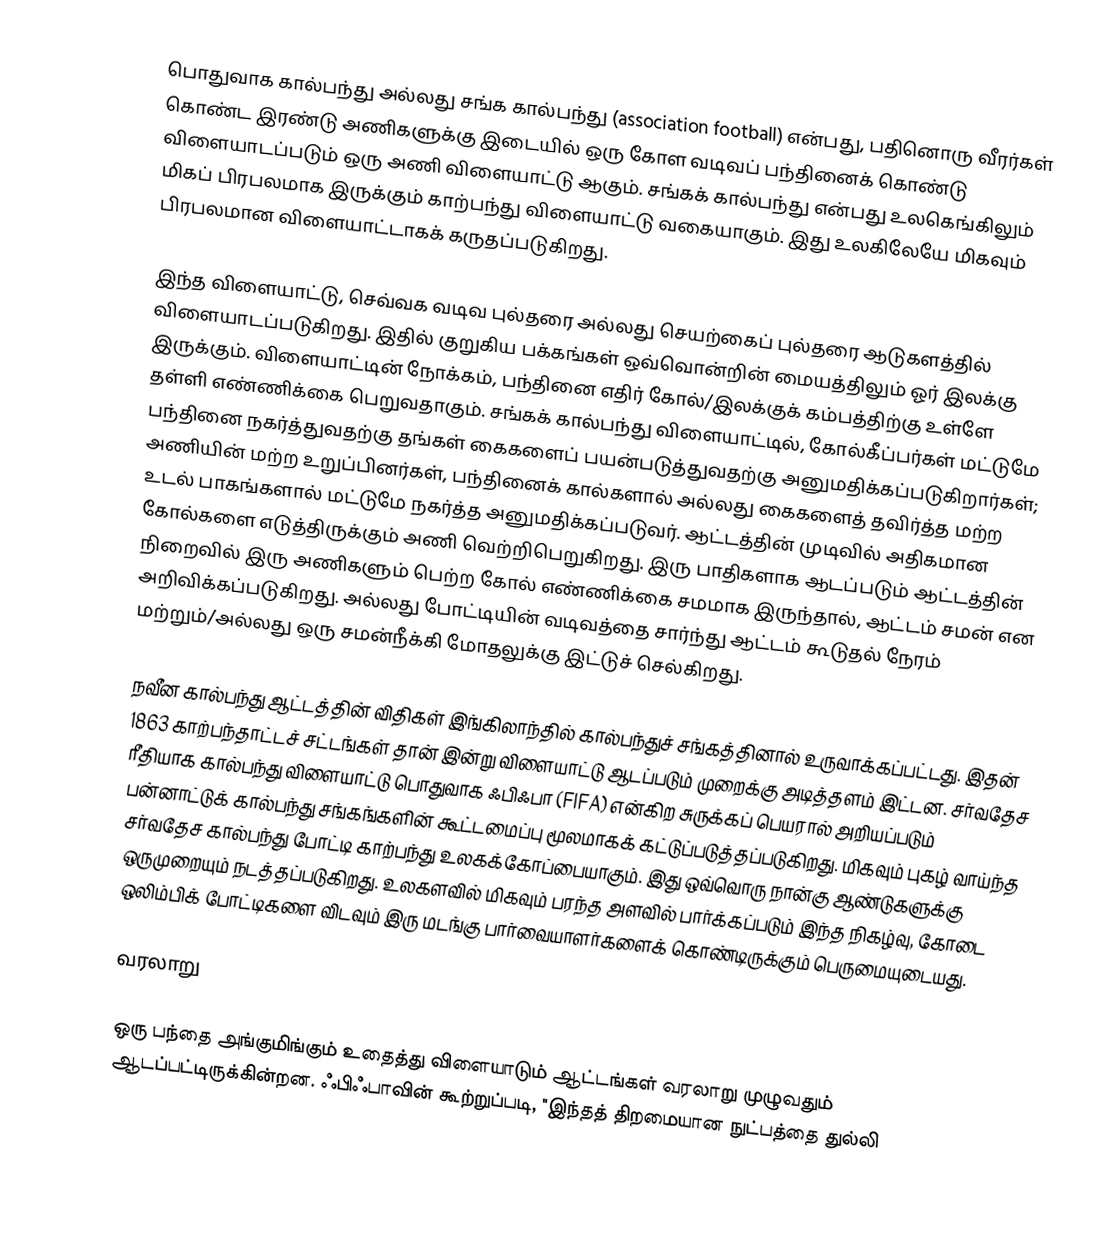
பொதுவாக கால்பந்து  அல்லது சங்க கால்பந்து (association football) என்பது, பதினொரு வீரர்கள் கொண்ட இரண்டு அணிகளுக்கு இடையில் ஒரு கோள வடிவப் பந்தினைக் கொண்டு விளையாடப்படும் ஒரு அணி விளையாட்டு ஆகும். சங்கக் கால்பந்து என்பது உலகெங்கிலும் மிகப் பிரபலமாக இருக்கும் காற்பந்து விளையாட்டு வகையாகும். இது உலகிலேயே மிகவும் பிரபலமான விளையாட்டாகக் கருதப்படுகிறது.

இந்த விளையாட்டு, செவ்வக வடிவ புல்தரை அல்லது செயற்கைப் புல்தரை ஆடுகளத்தில் விளையாடப்படுகிறது. இதில் குறுகிய பக்கங்கள் ஒவ்வொன்றின் மையத்திலும் ஓர் இலக்கு இருக்கும். விளையாட்டின் நோக்கம், பந்தினை எதிர் கோல்/இலக்குக் கம்பத்திற்கு உள்ளே தள்ளி எண்ணிக்கை பெறுவதாகும். சங்கக் கால்பந்து விளையாட்டில், கோல்கீப்பர்கள் மட்டுமே பந்தினை நகர்த்துவதற்கு தங்கள் கைகளைப் பயன்படுத்துவதற்கு அனுமதிக்கப்படுகிறார்கள்; அணியின் மற்ற உறுப்பினர்கள், பந்தினைக் கால்களால் அல்லது கைகளைத் தவிர்த்த மற்ற உடல் பாகங்களால் மட்டுமே நகர்த்த அனுமதிக்கப்படுவர்.  ஆட்டத்தின் முடிவில் அதிகமான கோல்களை எடுத்திருக்கும் அணி வெற்றிபெறுகிறது.  இரு பாதிகளாக ஆடப்படும் ஆட்டத்தின் நிறைவில் இரு அணிகளும் பெற்ற கோல் எண்ணிக்கை சமமாக இருந்தால், ஆட்டம் சமன் என அறிவிக்கப்படுகிறது. அல்லது போட்டியின் வடிவத்தை சார்ந்து ஆட்டம் கூடுதல் நேரம் மற்றும்/அல்லது ஒரு சமன்நீக்கி மோதலுக்கு இட்டுச் செல்கிறது.

நவீன கால்பந்து ஆட்டத்தின் விதிகள் இங்கிலாந்தில் கால்பந்துச் சங்கத்தினால் உருவாக்கப்பட்டது. இதன் 1863 காற்பந்தாட்டச் சட்டங்கள் தான் இன்று விளையாட்டு ஆடப்படும் முறைக்கு அடித்தளம் இட்டன. சர்வதேச ரீதியாக கால்பந்து விளையாட்டு பொதுவாக ஃபிஃபா (FIFA) என்கிற சுருக்கப் பெயரால் அறியப்படும் பன்னாட்டுக் கால்பந்து சங்கங்களின் கூட்டமைப்பு மூலமாகக் கட்டுப்படுத்தப்படுகிறது. மிகவும் புகழ் வாய்ந்த சர்வதேச கால்பந்து போட்டி காற்பந்து உலகக்கோப்பையாகும். இது ஒவ்வொரு நான்கு ஆண்டுகளுக்கு ஒருமுறையும் நடத்தப்படுகிறது. உலகளவில் மிகவும் பரந்த அளவில் பார்க்கப்படும் இந்த நிகழ்வு, கோடை ஒலிம்பிக் போட்டிகளை விடவும் இரு மடங்கு பார்வையாளர்களைக் கொண்டிருக்கும் பெருமையுடையது.

வரலாறு

ஒரு பந்தை அங்குமிங்கும் உதைத்து விளையாடும் ஆட்டங்கள் வரலாறு முழுவதும் ஆடப்பட்டிருக்கின்றன.  ஃபிஃபாவின் கூற்றுப்படி, "இந்தத் திறமையான நுட்பத்தை துல்லி